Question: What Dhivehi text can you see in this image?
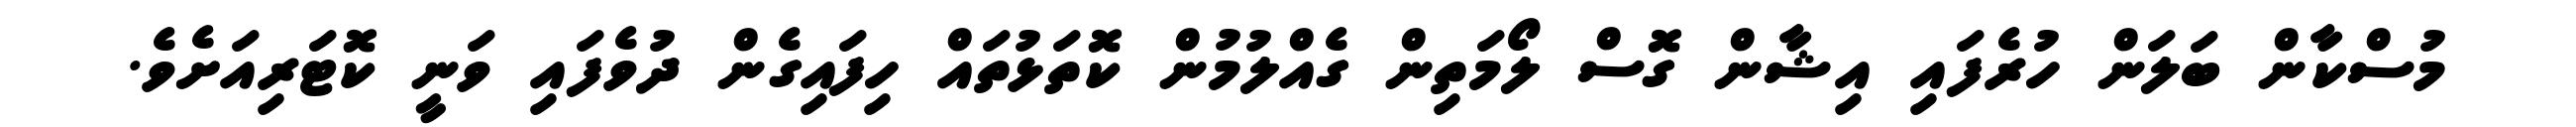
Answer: މުސްކާން ބަލަން ހުރެފައި އިޝާން ގޮސް ލޯމަތިން ގެއްލުމުން ކޮތަޅުތައް ހިފައިގެން ދުވެފައި ވަނީ ކޮޓަރިއަށެވެ.